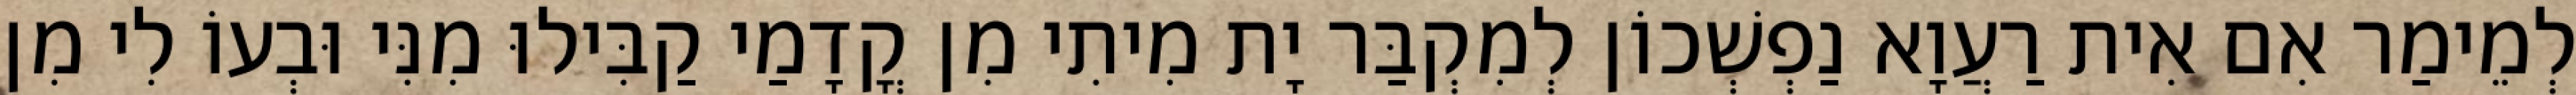
לְמֵימַר אִם אִית רַעֲוָא נַפְשְׁכוֹן לְמִקְבַּר יָת מִיתִי מִן קֳדָמַי קַבִּילוּ מִנִּי וּבְעוֹ לִי מִן